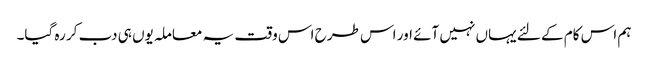
ہم اس کام کے لئے یہاں نہیں آئے اور اس طرح اس وقت یہ معاملہ یوں ہی دب کر رہ گیا۔